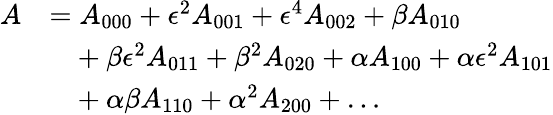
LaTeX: \begin{array}{rl}{A}&{=A_{000}+\epsilon^{2}A_{001}+\epsilon^{4}A_{002}+\beta A_{010}}\\ &{\hphantom{=}+\beta\epsilon^{2}A_{011}+\beta^{2}A_{020}+\alpha A_{100}+\alpha\epsilon^{2}A_{101}}\\ &{\hphantom{=}+\alpha\beta A_{110}+\alpha^{2}A_{200}+\ldots}\end{array}